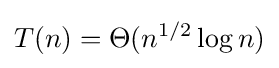
T(n)=\Theta (n^{1/2}\log n)